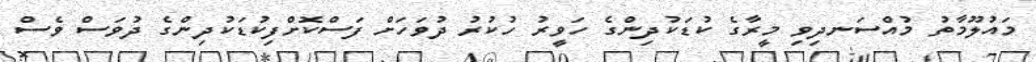
މައުލޫމާތު މުއްސަނދިވި މީރާގެ ކުޑަކުދިންގެ ހަވީރު ހުކުރު ދުވަހަށް ފަސްކޮށްފިކުޑަކުދިންގެ ދުވަސް ވެސް